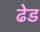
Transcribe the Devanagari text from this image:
ढेड